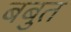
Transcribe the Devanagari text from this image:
बबुत